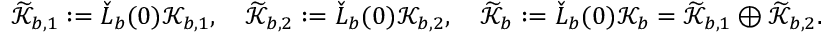
\widetilde { \mathcal { K } } _ { b , 1 } : = \check { L } _ { b } ( 0 ) \mathcal { K } _ { b , 1 } , \quad \widetilde { \mathcal { K } } _ { b , 2 } : = \check { L } _ { b } ( 0 ) \mathcal { K } _ { b , 2 } , \quad \widetilde { \mathcal { K } } _ { b } : = \check { L } _ { b } ( 0 ) \mathcal { K } _ { b } = \widetilde { \mathcal { K } } _ { b , 1 } \oplus \widetilde { \mathcal { K } } _ { b , 2 } .